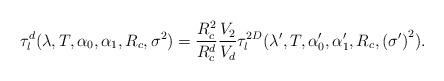
LaTeX: \begin{align*}\tau_l^d(\lambda,T,\alpha_0,\alpha_1,R_c,\sigma^2)&=\frac{R_c^2}{R_c^d}\frac{V_2}{V_d} \tau^{2D}_l(\lambda^\prime,T,\alpha^\prime_0,\alpha^\prime_1,R_c,{\left(\sigma^\prime\right)}^{2}).\end{align*}